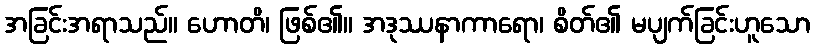
အခြင်းအရာသည်။ ဟောတိ၊ ဖြစ်၏။ အဒုဿနာကာရော၊ စိတ်၏ မပျက်ခြင်းဟူသော